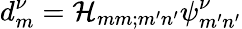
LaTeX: d_{m}^{\nu}=\mathcal H_{mm;m^{\prime}n^{\prime}}\psi_{m^{\prime}n^{\prime}}^{\nu}